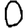
Digit: 0